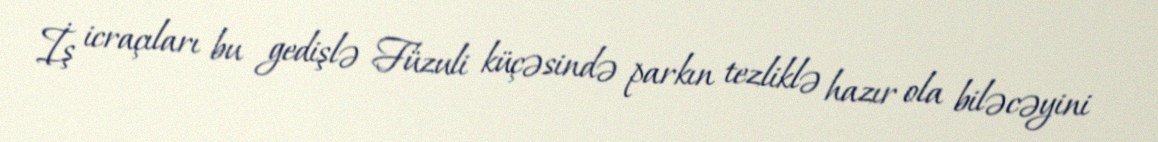
İş icraçıları bu gedişlə Füzuli küçəsində parkın tezliklə hazır ola biləcəyini